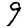
Digit: 9